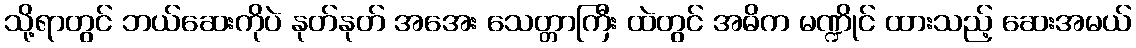
သို့ရာတွင် ဘယ်ဆေးကိုပဲ နုတ်နုတ် အအေး သေတ္တာကြီး ထဲတွင် အဓိက မဏ္ဍိုင် ထားသည့် ဆေးအမယ်